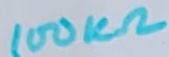
Text: 100KΩ